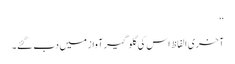
‘‘
آخری الفاظ اس کی گلوگیر آواز میں دب گئے۔